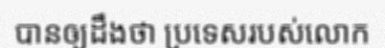
បានឲ្យដឹងថា ប្រទេសរបស់លោក